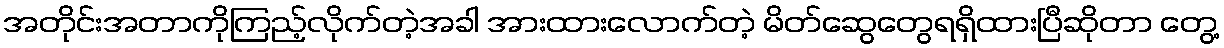
အတိုင်းအတာကိုကြည့်လိုက်တဲ့အခါ အားထားလောက်တဲ့ မိတ်ဆွေတွေရရှိထားပြီဆိုတာ တွေ့